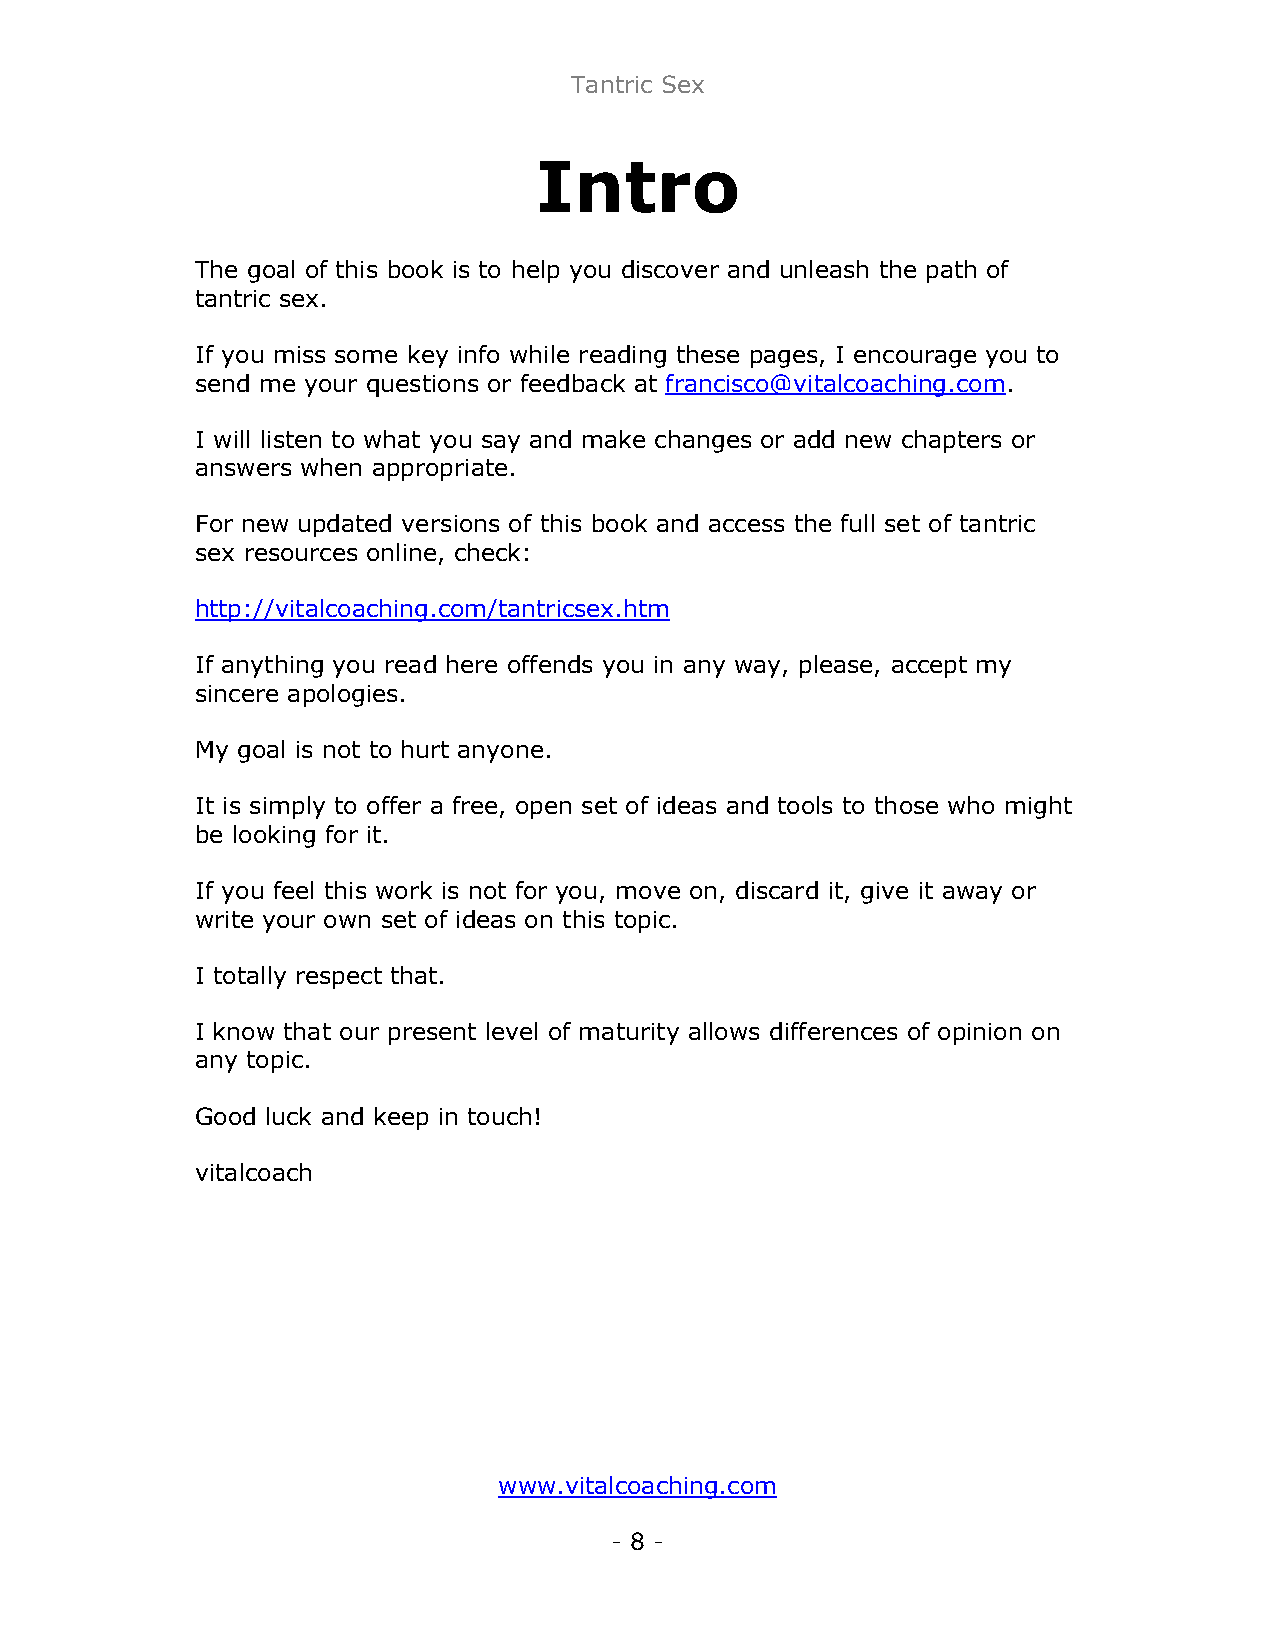
Tantric Sex
 Intro
 The goal of this book is to help you discover and unleash the path of
 tantric sex.
 If you miss some key info while reading these pages, I encourage you to
 send me your questions or feedback at francisco@vitalcoaching.com.
 I will listen to what you say and make changes or add new chapters or
 answers when appropriate.
 For new updated versions of this book and access the full set of tantric
 sex resources online, check:
 http://vitalcoaching.com/tantricsex.htm
 If anything you read here offends you in any way, please, accept my
 sincere apologies.
 My goal is not to hurt anyone.
 It is simply to offer a free, open set of ideas and tools to those who might
 be looking for it.
 If you feel this work is not for you, move on, discard it, give it away or
 write your own set of ideas on this topic.
 I totally respect that.
 I know that our present level of maturity allows differences of opinion on
 any topic.
 Good luck and keep in touch!
 vitalcoach
 www.vitalcoaching.com
 - 8 -